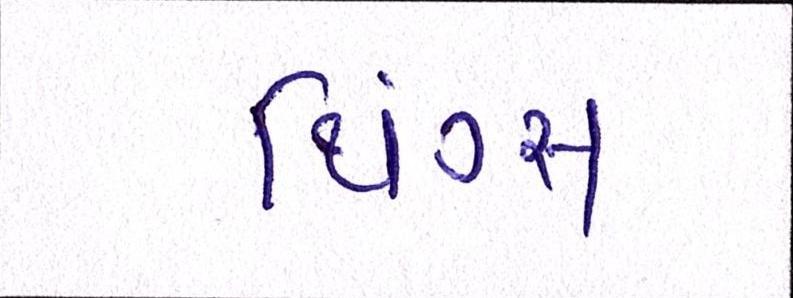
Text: થિંગ્સ